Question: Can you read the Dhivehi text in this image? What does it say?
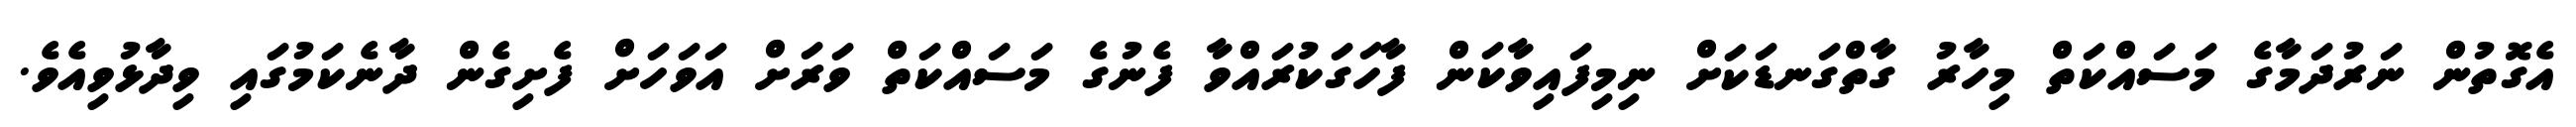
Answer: އެގޮތުން ނަރުދަމާގެ މަސައްކަތް މިހާރު ގާތްގަނޑަކަށް ނިމިފައިވާކަން ފާހަގަކުރައްވާ ފެނުގެ މަސައްކަތް ވަރަށް އަވަހަށް ފެށިގެން ދާނެކަމުގައި ވިދާޅުވިއެވެ.